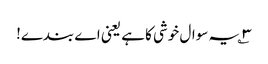
۳؎ یہ سوال خوشی کا ہے یعنی اے بندے!